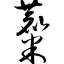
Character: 麋